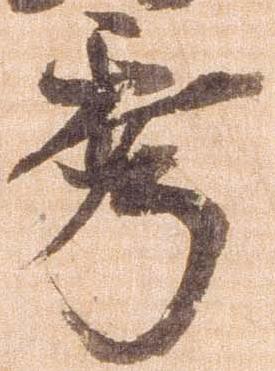
秀